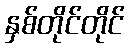
နှစ်တိုင်တိုင်